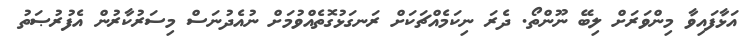
އަޅާފައިވާ މިންވަރަށް ލިބޭ ނޫންތޯ. ދެރަ ނިކަމެއްޗަކަށް ރަނގަޅުގޮތެއްވުމަށް ނުއެދުނަސް މިސަރުކާރުން އެފުރުޞަތު